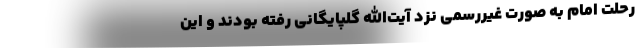
رحلت امام به صورت غیررسمی نزد آیت‌الله گلپایگانی رفته بودند و این